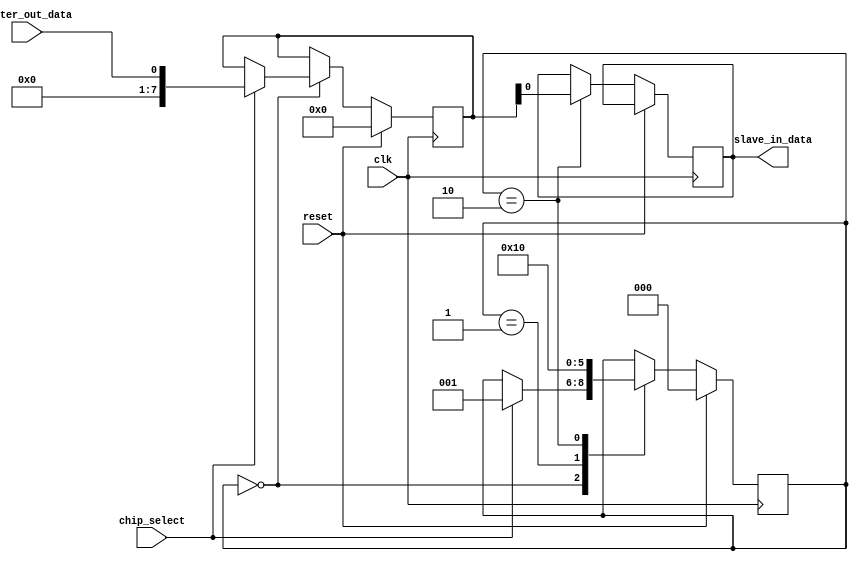
module SPI_bus_controller(
    input wire clk,
    input wire reset,
    input wire chip_select,
    input wire master_out_data,
    output reg slave_in_data
);

reg [7:0] internal_data_reg;
reg [2:0] state;

parameter WAITING = 3'b000;
parameter SEND_DATA = 3'b001;
parameter RECEIVE_DATA = 3'b010;

always @(posedge clk) begin
    if (reset) begin
        state <= WAITING;
        internal_data_reg <= 8'b0;
    end else begin
        case (state)
            WAITING: begin
                if (chip_select) begin
                    state <= SEND_DATA;
                    internal_data_reg <= master_out_data;
                end
            end
            SEND_DATA: begin
                // Generate clock signals and control data transfer timing
                // Send data to slave device
                state <= RECEIVE_DATA;
            end
            RECEIVE_DATA: begin
                // Synchronize data transmissions
                // Receive data from slave device
                slave_in_data <= internal_data_reg;
                state <= WAITING;
            end
        endcase
    end
end

endmodule